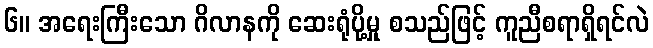
၆။ အရေးကြီးသော ဂိလာနကို ဆေးရုံပို့မှု စသည်ဖြင့် ကူညီစရာရှိရင်လဲ